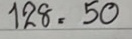
128 = 50